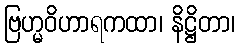
ဗြဟ္မဝိဟာရကထာ၊ နိဋ္ဌိတာ၊